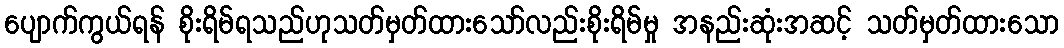
ပျောက်ကွယ်ရန် စိုးရိမ်ရသည်ဟုသတ်မှတ်ထားသော်လည်းစိုးရိမ်မှု အနည်းဆုံးအဆင့် သတ်မှတ်ထားသော